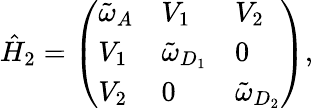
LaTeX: \hat{H}_{2}=\left(\begin{array}{lll}{\tilde{\omega}_{A}}&{V_{1}}&{V_{2}}\\ {V_{1}}&{\tilde{\omega}_{D_{1}}}&{0}\\ {V_{2}}&{0}&{\tilde{\omega}_{D_{2}}}\end{array}\right),